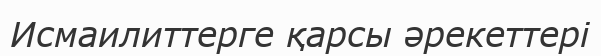
Исмаилиттерге қарсы әрекеттері